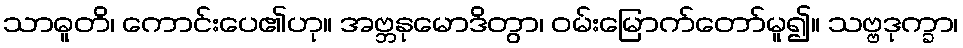
သာဓူတိ၊ ကောင်းပေ၏ဟု။ အဗ္ဘနုမောဒိတွာ၊ ဝမ်းမြောက်တော်မူ၍။ သဗ္ဗဒုက္ခာ၊